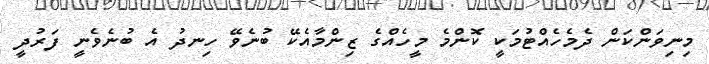
މިނިވަންކަން ދެމެހެއްޓުމަކީ ކޮންމެ މީހެއްގެ ޒިންމާއެކޭ ބުނެވޭ ހިނދު އެ ބުނެވެނީ ފަރުދީ